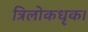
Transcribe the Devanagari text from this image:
त्रिलोकधृक।